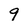
Character: 9